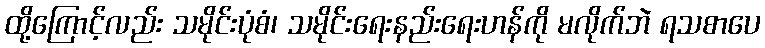
ထို့ကြောင့်လည်း သမိုင်းပုံစံ၊ သမိုင်းရေးနည်းရေးဟန်ကို မလိုက်ဘဲ ရသစာပေ